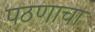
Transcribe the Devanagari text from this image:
पठणाचा